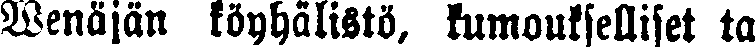
Wenäjän köyhälistö, kumoukselliset ta